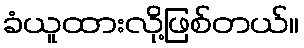
ခံယူထားလို့ဖြစ်တယ်။